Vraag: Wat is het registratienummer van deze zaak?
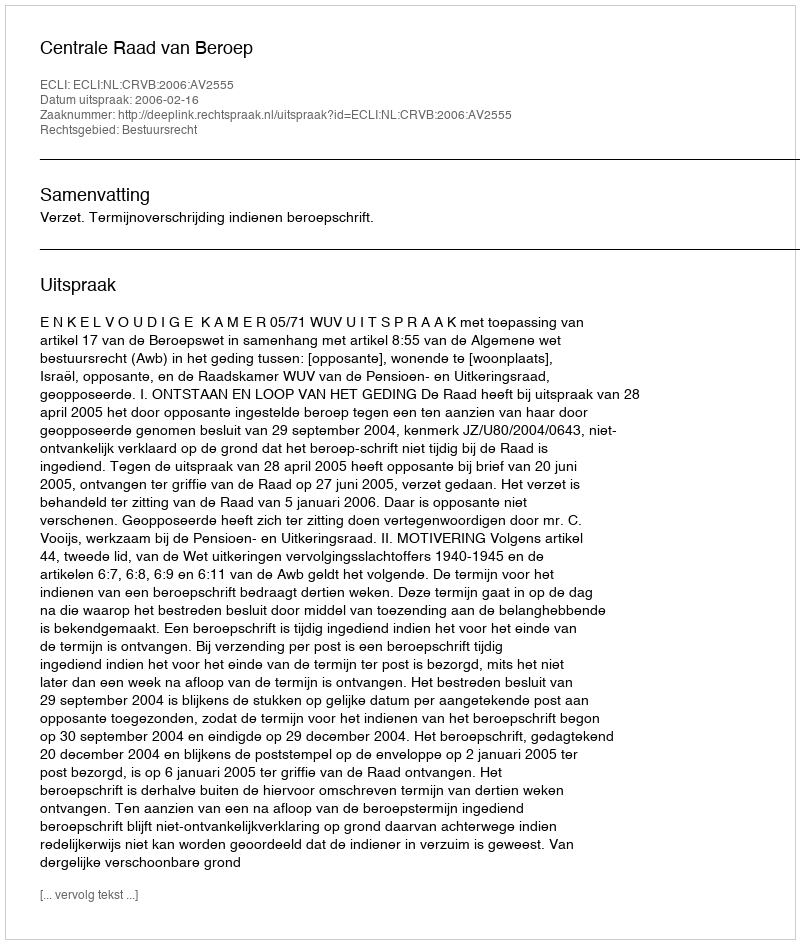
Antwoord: http://deeplink.rechtspraak.nl/uitspraak?id=ECLI:NL:CRVB:2006:AV2555